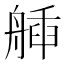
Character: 𦩿